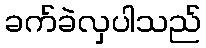
ခက်ခဲလှပါသည်